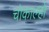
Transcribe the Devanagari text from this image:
चोकाल्हो